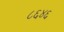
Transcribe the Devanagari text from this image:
८६४६